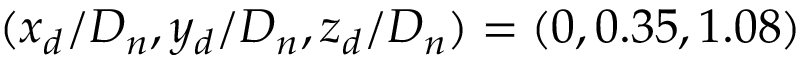
( x _ { d } / D _ { n } , y _ { d } / D _ { n } , z _ { d } / D _ { n } ) = ( 0 , 0 . 3 5 , 1 . 0 8 )